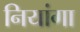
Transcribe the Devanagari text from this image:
नियांगा